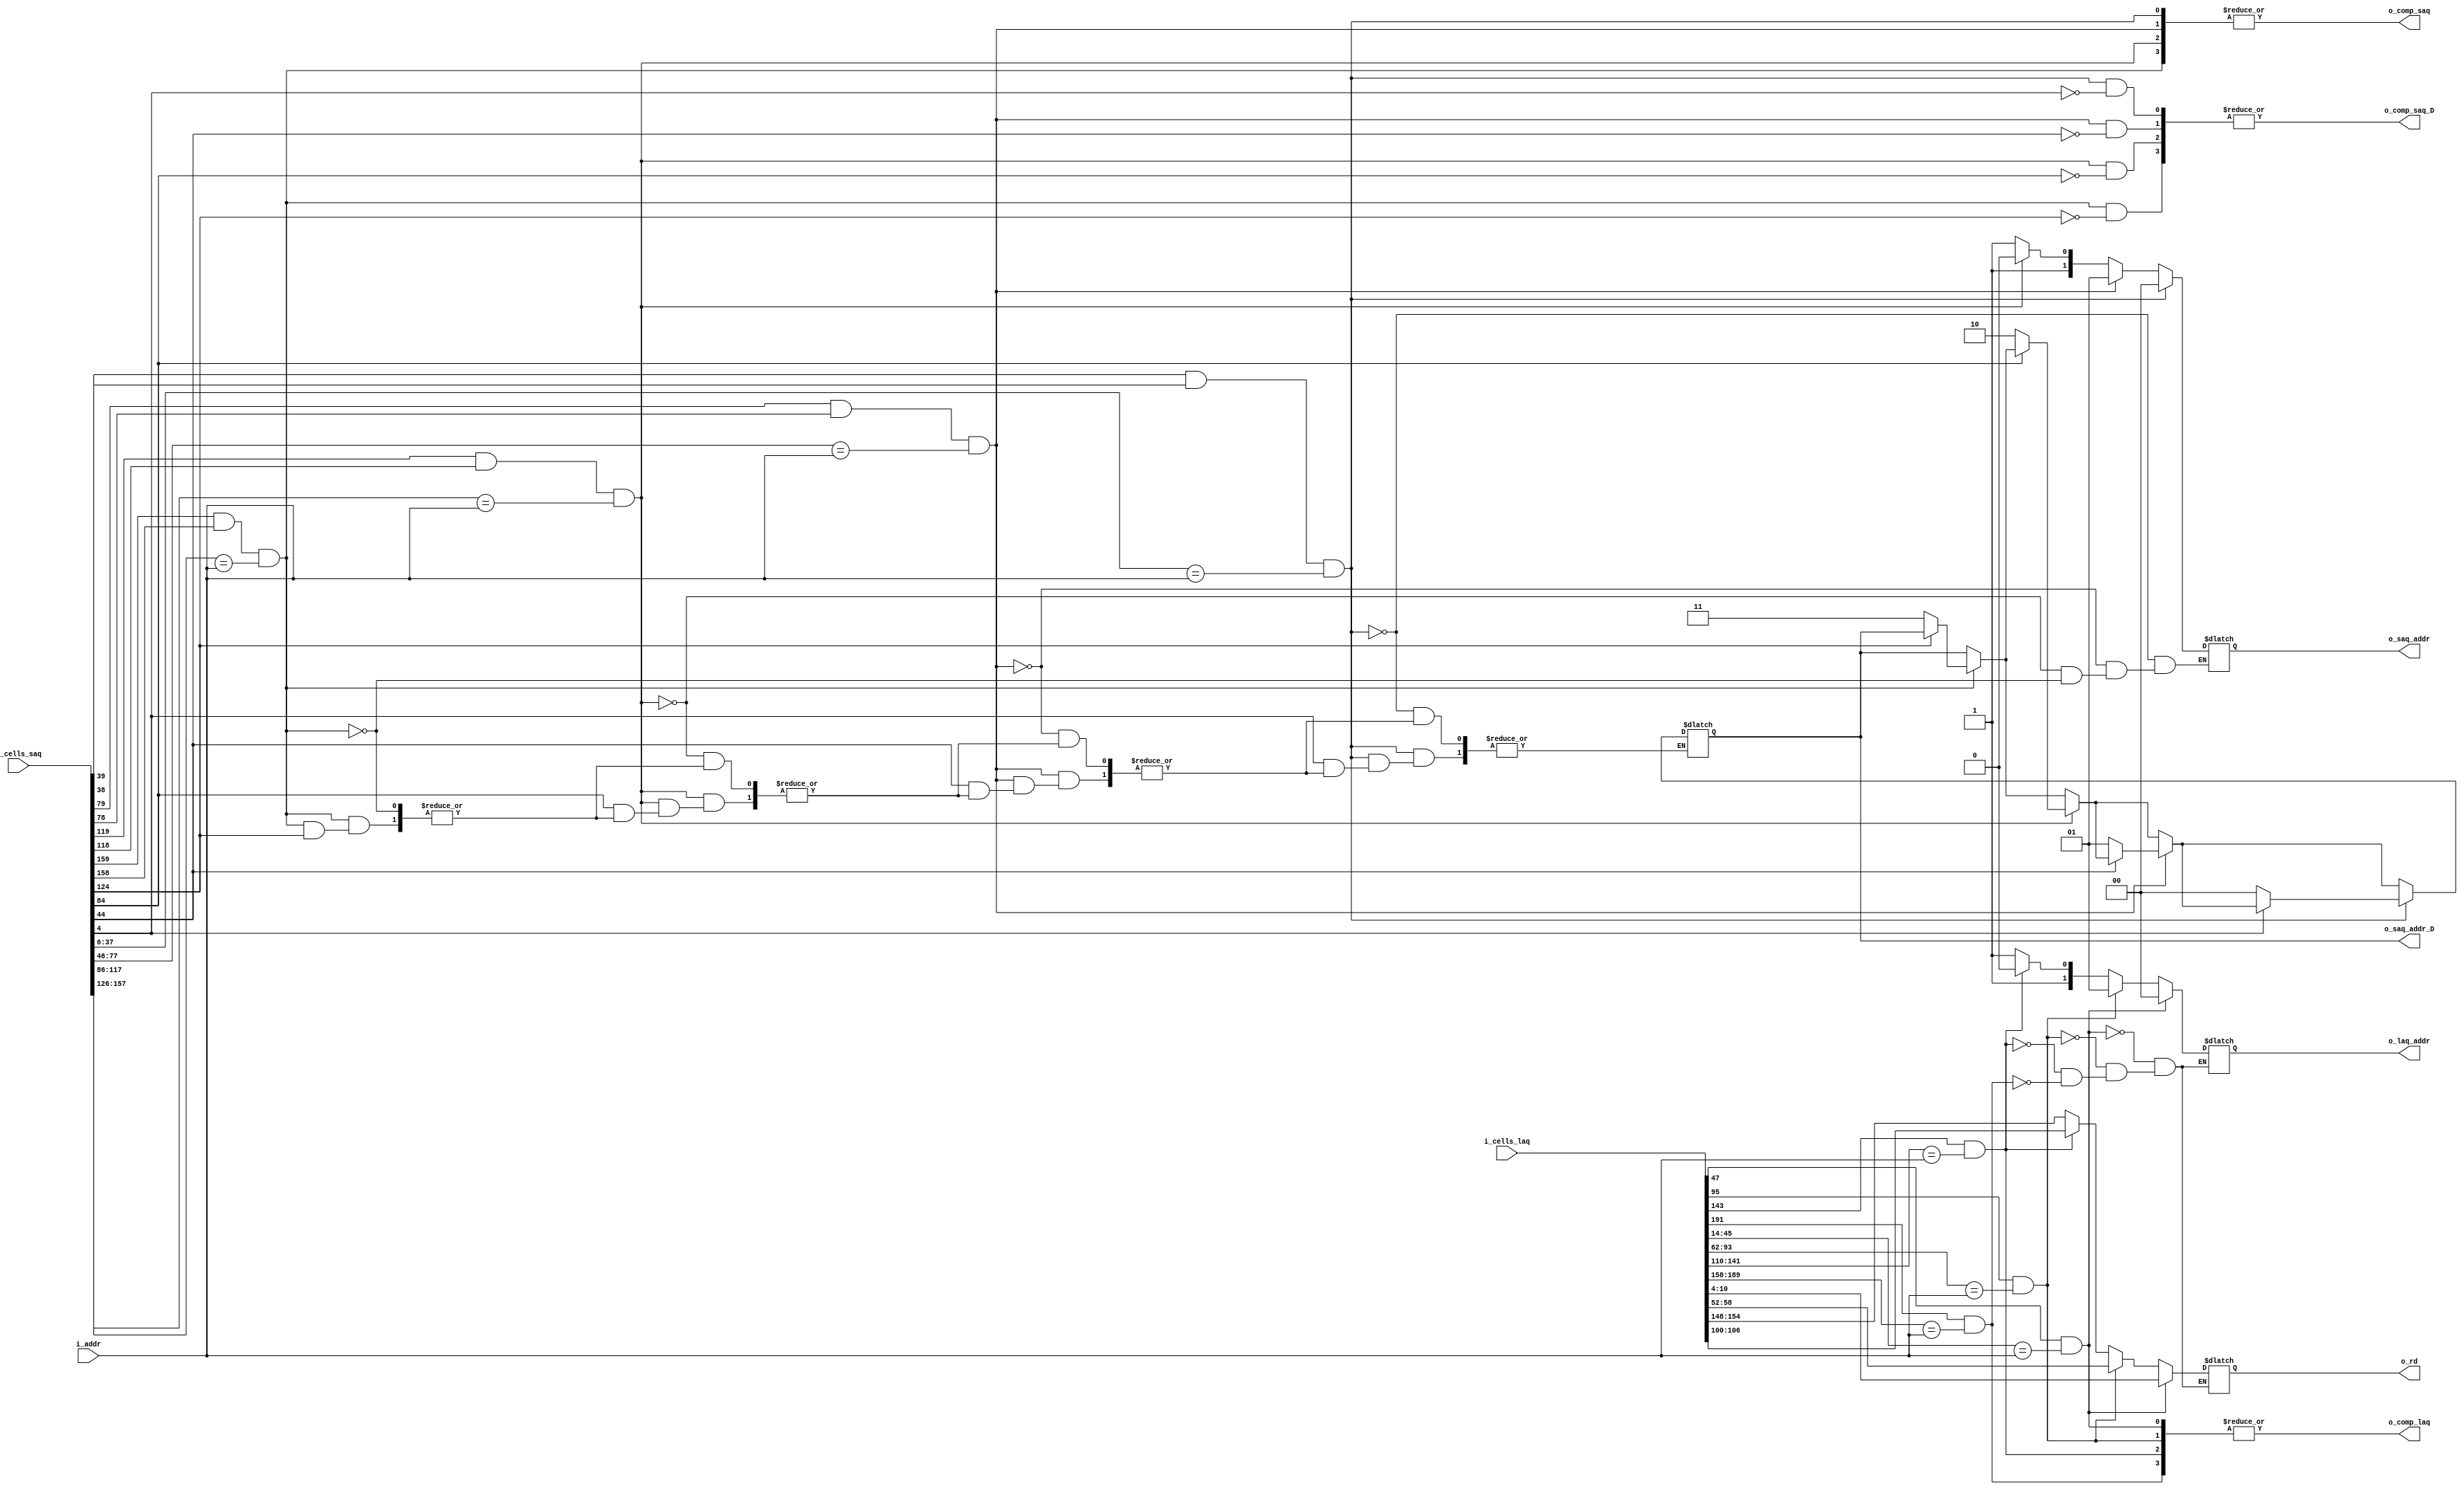
module comparator #(parameter WIDTH_SAQ = 2, WIDTH_LAQ = 2,
                              SIZE_SAQ = 2 ** WIDTH_SAQ,
                              SIZE_LAQ = 2 ** WIDTH_LAQ,
                              WIDTH_REG = 7, WIDTH_TAG = 4,
                              WIDTH_ADDR = 32,
                              DATA_SAQ = 4 + WIDTH_ADDR + WIDTH_TAG,
                              DATA_LAQ = 5 + WIDTH_ADDR + WIDTH_REG + WIDTH_TAG)
                  (output wor                     o_comp_saq,
                   output reg [WIDTH_SAQ-1:0]     o_saq_addr,
                   output wor                     o_comp_saq_D,
                   output reg [WIDTH_SAQ-1:0]     o_saq_addr_D,
                   output wor                     o_comp_laq,
                   output reg [WIDTH_LAQ-1:0]     o_laq_addr,
                   output reg [WIDTH_REG-1:0]     o_rd,
                   input  [WIDTH_ADDR-1:0]        i_addr,
                   input  [DATA_LAQ*SIZE_LAQ-1:0] i_cells_laq,
                   input  [DATA_SAQ*SIZE_SAQ-1:0] i_cells_saq);

wire                  ent_type;
wire [WIDTH_TAG-1:0]  ent_tag;

wire                  saq_A[0:SIZE_SAQ-1];
wire                  saq_val[0:SIZE_SAQ-1];
wire [WIDTH_ADDR-1:0] saq_addr[0:SIZE_SAQ-1];
wire                  saq_V[0:SIZE_SAQ-1];
wire                  saq_D[0:SIZE_SAQ-1];
wire [WIDTH_TAG-1:0]  saq_tag[0:SIZE_SAQ-1];

wire                  laq_A[0:SIZE_LAQ-1];
wire                  laq_val[0:SIZE_LAQ-1];
wire [WIDTH_ADDR-1:0] laq_addr[0:SIZE_LAQ-1];
wire                  laq_V[0:SIZE_LAQ-1];
wire                  laq_S[0:SIZE_LAQ-1];
wire                  laq_M[0:SIZE_LAQ-1];
wire [WIDTH_REG-1:0]  laq_rd[0:SIZE_LAQ-1];
wire [WIDTH_TAG-1:0]  laq_tag[0:SIZE_LAQ-1];

wire                  comp_saq[0:SIZE_SAQ-1];
wire                  comp_laq[0:SIZE_LAQ-1];

generate
	genvar i;
	for (i = 0; i < SIZE_SAQ; i = i + 1) begin: array_entry_saq
		assign {
			saq_A[i],
			saq_val[i],
			saq_addr[i],
			saq_V[i],
			saq_D[i],
			saq_tag[i]
		} = i_cells_saq[(i+1) * DATA_SAQ - 1 : i * DATA_SAQ];
		assign comp_saq[i] = saq_A[i] & saq_val[i]
		                     & saq_addr[i] == i_addr;
		assign o_comp_saq   = comp_saq[i];
		assign o_comp_saq_D = comp_saq[i] & ~saq_D[i];
	end

	for (i = 0; i < SIZE_LAQ; i = i + 1) begin: array_entry_laq
		assign {
			laq_A[i],
			laq_val[i],
			laq_addr[i],
			laq_V[i],
			laq_S[i],
			laq_M[i],
			laq_rd[i],
			laq_tag[i]
		} = i_cells_laq[(i+1) * DATA_LAQ - 1 : i * DATA_LAQ];
		assign comp_laq[i] = laq_A[i]
		                     & laq_addr[i] == i_addr;
		assign o_comp_laq = comp_laq[i];
	end
endgenerate

integer g;

always @(*)
begin
	for (g = SIZE_SAQ - 1; g >= 0; g = g - 1) begin
		if (comp_saq[g]) begin
			o_saq_addr = g[WIDTH_SAQ-1:0];
			if (!saq_D[g])
				o_saq_addr_D = g[WIDTH_SAQ-1:0];
		end
	end

	for (g = SIZE_LAQ - 1; g >= 0; g = g - 1) begin
		if (comp_laq[g]) begin
			o_laq_addr = g[WIDTH_LAQ-1:0];
			o_rd       = laq_rd[g];
		end
	end
end

endmodule